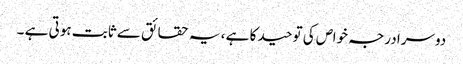
دوسرا درجہ خواص کی توحید کا ہے ، یہ حقائق سے ثابت ہوتی ہے ۔